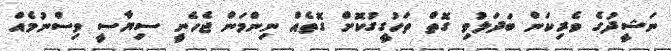
ނަޝީދުގެ ވެރިކަން ބަދަލުވި ގޮތް ތަހުގީގުކޮށް ގޮތެއް ނިންމަން ޖެހެނީ ސިޔާސީ ވިސްނުމެއް